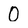
Character: 0